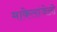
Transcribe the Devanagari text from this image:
माकेलांजेलो